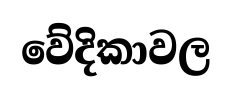
වේදිකාවල